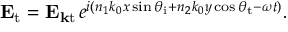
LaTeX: \mathbf { E } _ { \mathrm { t } } = \mathbf { E } _ { \mathbf { k } { \mathrm { t } } \, } e ^ { i ( n _ { 1 } k _ { 0 } x \sin \theta _ { \mathrm { i } } + n _ { 2 } k _ { 0 } y \cos \theta _ { \mathrm { t } } - \omega t ) } .